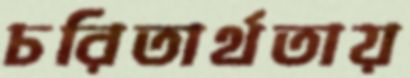
চরিতার্থতায়